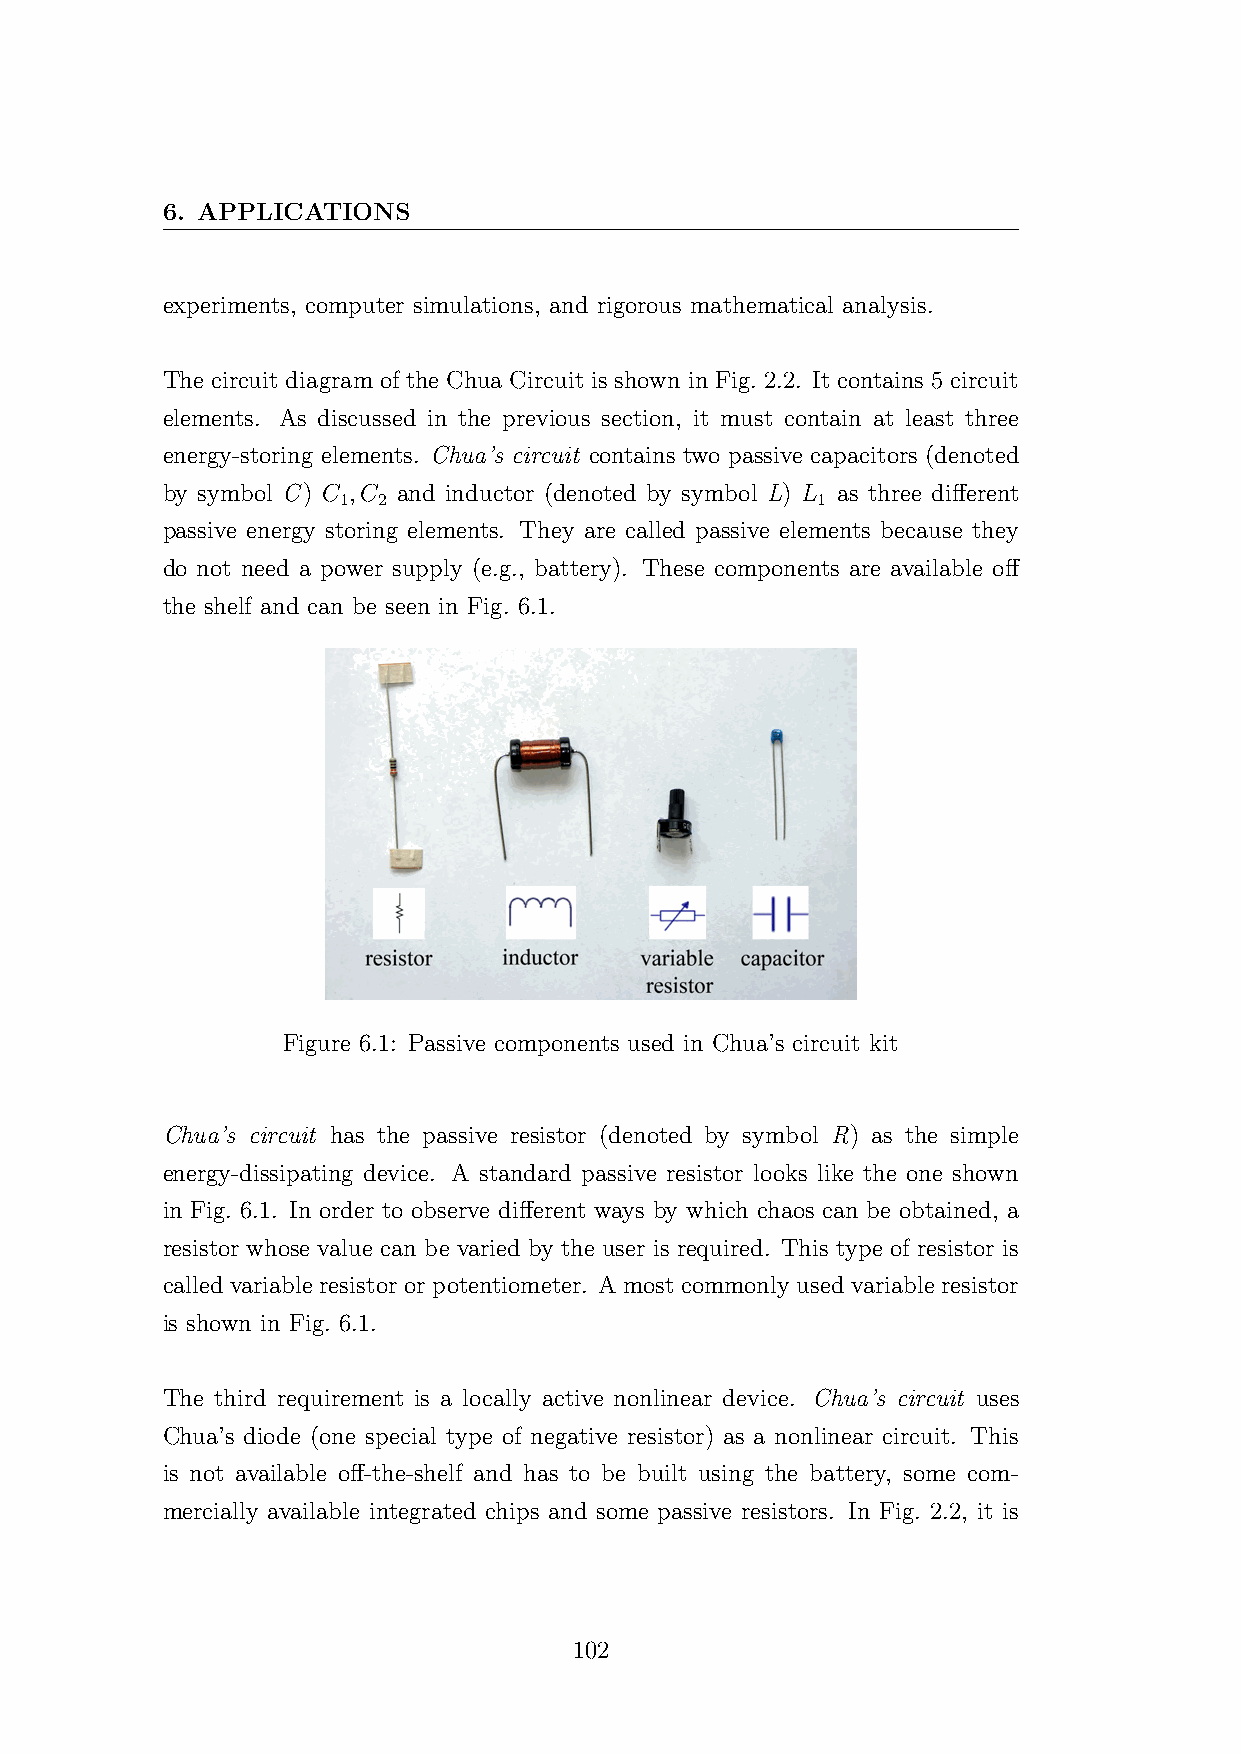
6. APPLICATIONS
 experiments, computer simulations, and rigorous mathematical analysis.
 The circuit diagram of the Chua Circuit is shown in Fig. 2.2. It contains 5 circuit
 elements. As discussed in the previous section, it must contain at least three
 energy-storing elements. Chua’s circuit contains two passive capacitors (denoted
 by symbol C) C ,C and inductor (denoted by symbol L) L as three different
 1  2                            1
 passive energy storing elements. They are called passive elements because they
 do not need a power supply (e.g., battery). These components are available off
 the shelf and can be seen in Fig. 6.1.
 Figure 6.1: Passive components used in Chua’s circuit kit
 Chua’s circuit has the passive resistor (denoted by symbol R) as the simple
 energy-dissipating device. A standard passive resistor looks like the one shown
 in Fig. 6.1. In order to observe different ways by which chaos can be obtained, a
 resistor whose value can be varied by the user is required. This type of resistor is
 called variable resistor or potentiometer. A most commonly used variable resistor
 is shown in Fig. 6.1.
 The third requirement is a locally active nonlinear device. Chua’s circuit uses
 Chua’s diode (one special type of negative resistor) as a nonlinear circuit. This
 is not available off-the-shelf and has to be built using the battery, some com-
 mercially available integrated chips and some passive resistors. In Fig. 2.2, it is
 102